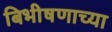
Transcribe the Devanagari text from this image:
बिभीषणाच्या